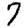
Digit: 7